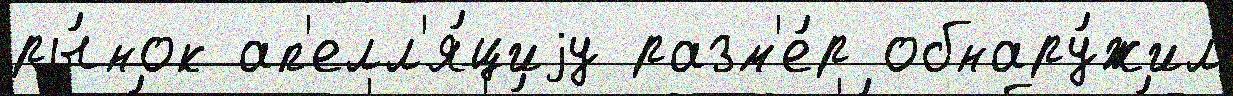
ры́нок ап'елл'я́циjу разм'е́р обнару́жил